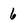
Character: 6